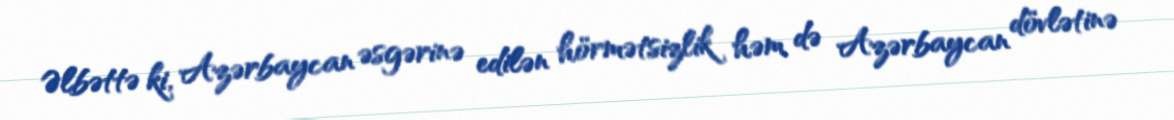
Əlbəttə ki, Azərbaycan əsgərinə edilən hörmətsizlik həm də Azərbaycan dövlətinə